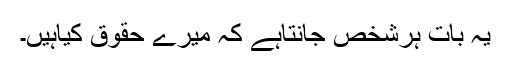
یہ بات ہرشخص جانتاہے کہ میرے حقوق کیاہیں۔